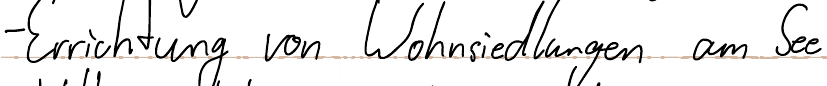
- Errichtung von Wohnsiedlungen am See